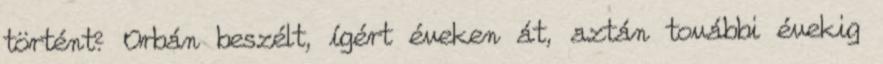
történt? Orbán beszélt, ígért éveken át, aztán további évekig